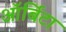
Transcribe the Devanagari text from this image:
ऑर्बिटा